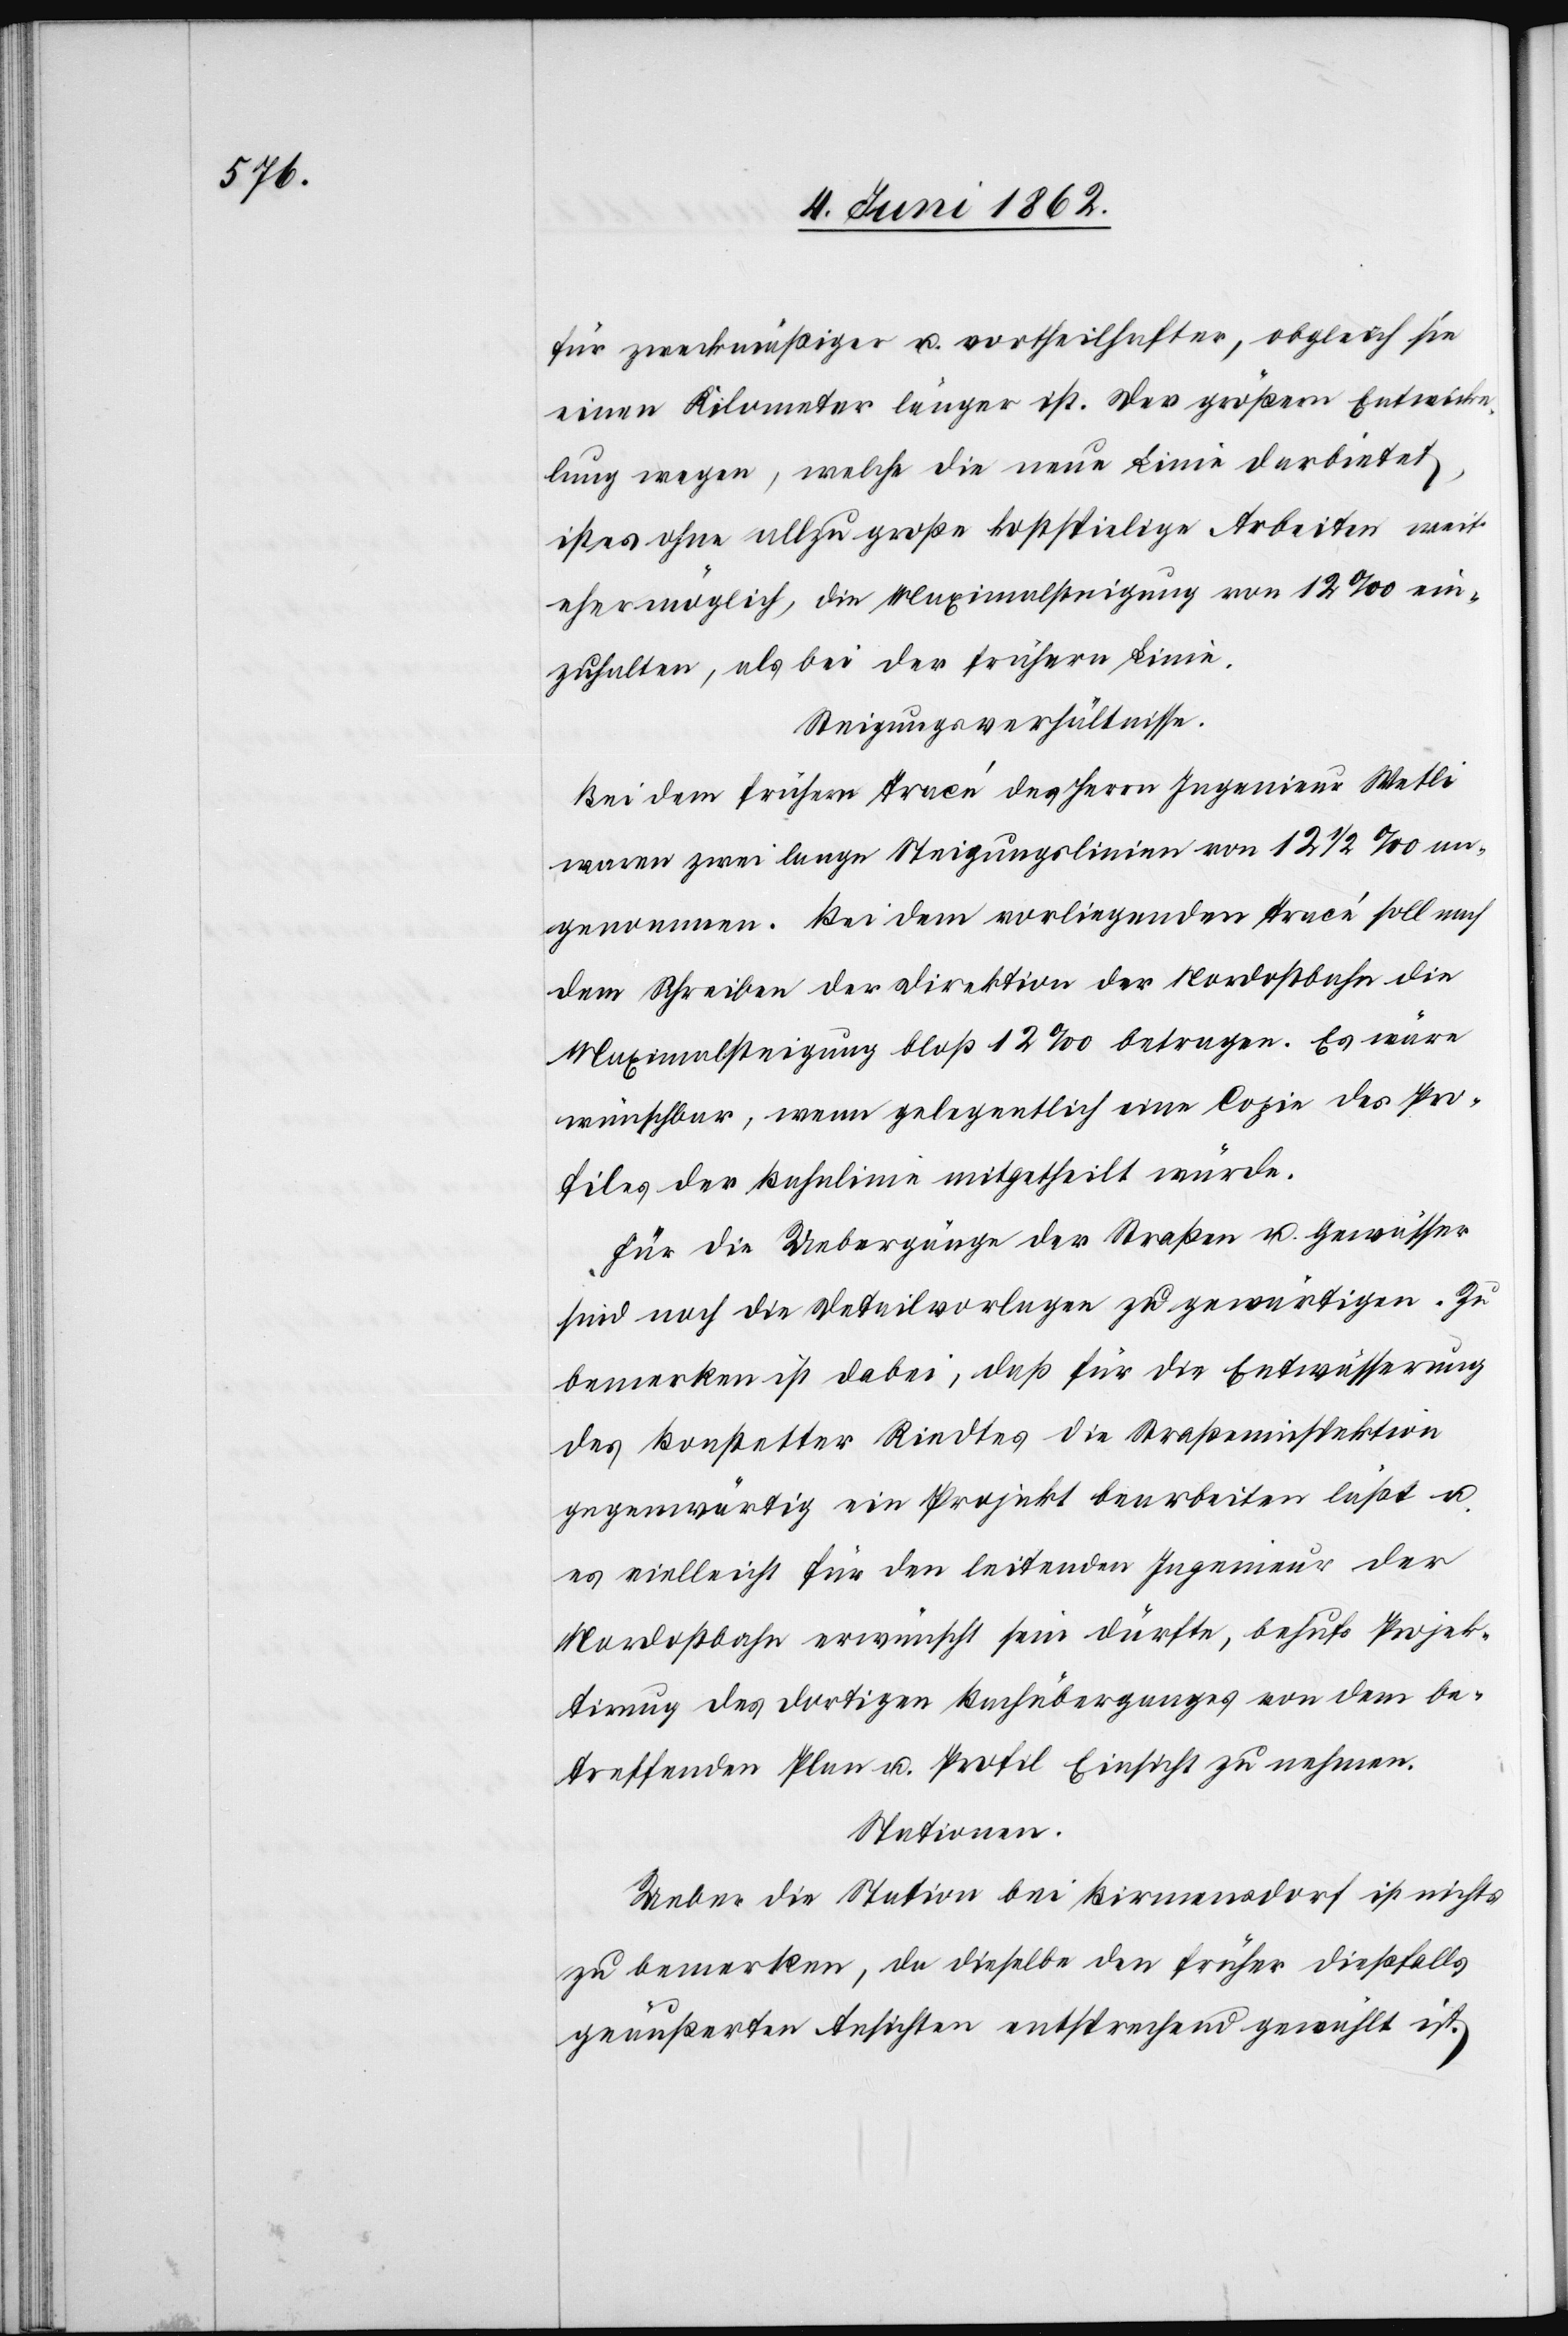
für zweckmäßiger u. vortheilhafter, obgleich sie
einen Kilometer länger ist. Der größern Entwick¬
lung wegen, welche die neue Linie darbietet,
ist es ohne allzu große kostspielige Arbeiten weit
eher möglich, die Maximalsteigung von 12‰ ein¬
zuhalten, als bei der frühern Linie.
Steigungsverhältnisse.
Bei dem frühern Tracé des Herrn Ingenieur Wetli
waren zwei lange Steigungslinien von 12 1/2‰ an¬
genommen. Bei dem vorliegenden Tracé soll nach
dem Schreiben der Direktion der Nordostbahn die
Maximalsteigung bloß 12‰ betragen. Es wäre
wünschbar, wenn gelegentlich eine Copie des Pro¬
files der Bahnlinie mitgetheilt würde.
Für die Uebergänge der Straßen u. Gewässer
sind noch die Detailvorlagen zu gewärtigen. Zu
bemerken ist dabei, daß für die Entwässerung
des Bonstetter Riedtes die Straßeninspektion
gegenwärtig ein Projekt bearbeiten läßt u.
es vielleicht für den leitenden Ingenieur der
Nordostbahn erwünscht sein dürfte, behufs Projek¬
tirung des dortigen Bahnüberganges von dem be¬
treffenden Plan u. Profil Einsicht zu nehmen.
Stationen.
Ueber die Station bei Birmensdorf ist nichts
zu bemerken, da dieselbe den früher dießfalls
geäußerten Ansichten entsprechend gewählt ist.